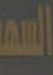
السهم